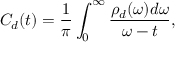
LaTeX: C _ { d } ( t ) = \frac { 1 } { \pi } \int _ { 0 } ^ { \infty } \frac { \rho _ { d } ( \omega ) d \omega } { \omega - t } ,